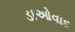
ડાઓવાદ